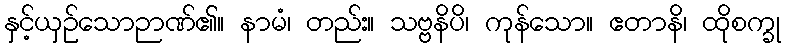
နှင့်ယှဉ်သောဉာဏ်၏။ နာမံ၊ တည်း။ သဗ္ဗနိပိ၊ ကုန်သော။ ဧတာနိ၊ ထိုစက္ခု